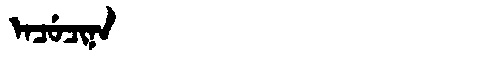
Manchu: ᡝᠨᠴᡠᠴᡳᠨᠠ
Romanization: ENCUCINA